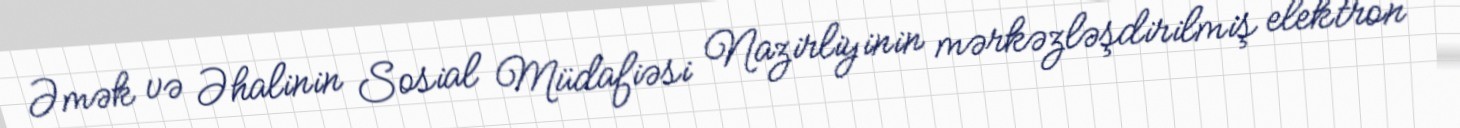
Əmək və Əhalinin Sosial Müdafiəsi Nazirliyinin mərkəzləşdirilmiş elektron